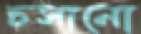
চসানো